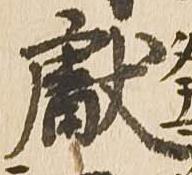
献